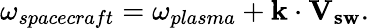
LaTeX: \omega_{spacecraft}=\omega_{plasma}+\textbf{k}\cdot\mathbf{V_{sw}}.